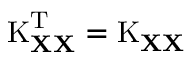
\operatorname { K } _ { \mathbf { X } \mathbf { X } } ^ { \mathrm { { T } } } = \operatorname { K } _ { \mathbf { X } \mathbf { X } }